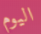
اليوم